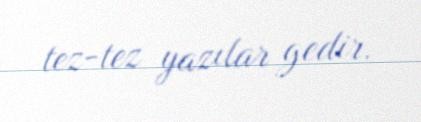
tez-tez yazılar gedir.